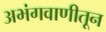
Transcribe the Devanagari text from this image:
अभंगवाणीतून